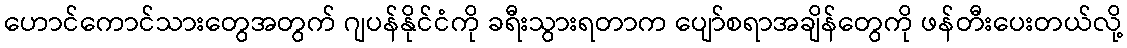
ဟောင်ကောင်သားတွေအတွက် ဂျပန်နိုင်ငံကို ခရီးသွားရတာက ပျော်စရာအချိန်တွေကို ဖန်တီးပေးတယ်လို့